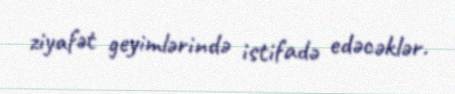
ziyafət geyimlərində istifadə edəcəklər.